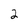
Character: 2